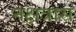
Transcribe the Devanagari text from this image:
नक्षत्रास